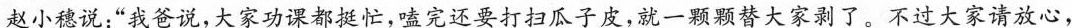
赵小穗说:“我爸说，大家功课都挺忙，嗑完还要打扫瓜子皮，就一颗颗替大家剥了，不过大家请放心，